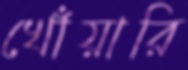
খোঁয়ারি